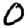
Digit: 0